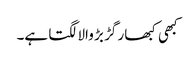
کبھی کبھار گڑ بڑ والا لگتا ہے۔